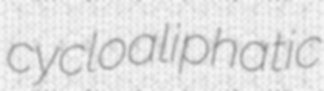
cycloaliphatic